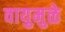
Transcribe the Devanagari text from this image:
वायुमुळे